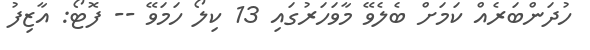
ހުދަންބަރެއް ކަމަށް ބެލެވޭ މާވަހަރުގައި 13 ކިލޯ ހަމަވޭ -- ފޮޓޯ: އާޒިފު